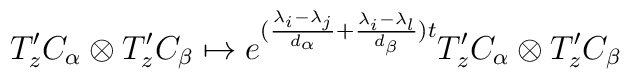
T^{\prime}_{z}C_{\alpha}\otimes T^{\prime}_{z}C_{\beta}\mapsto e^{(\frac{\lambda_{i}-\lambda_{j}}{d_{\alpha}}+\frac{\lambda_{i}-\lambda_{l}}{d_{\beta}})t}T^{\prime}_{z}C_{\alpha}\otimes T^{\prime}_{z}C_{\beta}